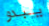
يبدو